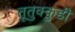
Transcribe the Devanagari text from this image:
तूतुक्कुडी